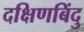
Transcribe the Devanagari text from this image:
दक्षिणबिंदु